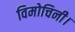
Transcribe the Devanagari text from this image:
विमोचिनी।